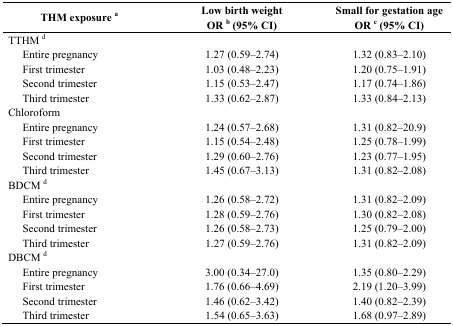
<table><thead><tr><td rowspan="2" colspan="2"><b>THM exposure <sup>a</sup></b></td><td><b>Low birth weight</b></td><td><b>Small for gestation age</b></td></tr><tr><td><b>OR <sup>b</sup> (95% CI)</b></td><td><b>OR <sup>c</sup> (95% CI)</b></td></tr></thead><tbody><tr><td colspan="2">TTHM <sup>d</sup></td><td></td><td></td></tr><tr><td></td><td>Entire pregnancy</td><td>1.27 (0.59–2.74)</td><td>1.32 (0.83–2.10)</td></tr><tr><td></td><td>First trimester</td><td>1.03 (0.48–2.23)</td><td>1.20 (0.75–1.91)</td></tr><tr><td></td><td>Second trimester</td><td>1.15 (0.53–2.47)</td><td>1.17 (0.74–1.86)</td></tr><tr><td></td><td>Third trimester</td><td>1.33 (0.62–2.87)</td><td>1.33 (0.84–2.13)</td></tr><tr><td colspan="2">Chloroform</td><td></td><td></td></tr><tr><td></td><td>Entire pregnancy</td><td>1.24 (0.57–2.68)</td><td>1.31 (0.82–20.9)</td></tr><tr><td></td><td>First trimester</td><td>1.15 (0.54–2.48)</td><td>1.25 (0.78–1.99)</td></tr><tr><td></td><td>Second trimester</td><td>1.29 (0.60–2.76)</td><td>1.23 (0.77–1.95)</td></tr><tr><td></td><td>Third trimester</td><td>1.45 (0.67–3.13)</td><td>1.31 (0.82–2.08)</td></tr><tr><td colspan="2">BDCM <sup>d</sup></td><td></td><td></td></tr><tr><td></td><td>Entire pregnancy</td><td>1.26 (0.58–2.72)</td><td>1.31 (0.82–2.09)</td></tr><tr><td></td><td>First trimester</td><td>1.28 (0.59–2.76)</td><td>1.30 (0.82–2.08)</td></tr><tr><td></td><td>Second trimester</td><td>1.26 (0.58–2.73)</td><td>1.25 (0.79–2.00)</td></tr><tr><td></td><td>Third trimester</td><td>1.27 (0.59–2.76)</td><td>1.31 (0.82–2.09)</td></tr><tr><td colspan="2">DBCM <sup>d</sup></td><td></td><td></td></tr><tr><td></td><td>Entire pregnancy</td><td>3.00 (0.34–27.0)</td><td>1.35 (0.80–2.29)</td></tr><tr><td></td><td>First trimester</td><td>1.76 (0.66–4.69)</td><td>2.19 (1.20–3.99)</td></tr><tr><td></td><td>Second trimester</td><td>1.46 (0.62–3.42)</td><td>1.40 (0.82–2.39)</td></tr><tr><td></td><td>Third trimester</td><td>1.54 (0.65–3.63)</td><td>1.68 (0.97–2.89)</td></tr></tbody></table>